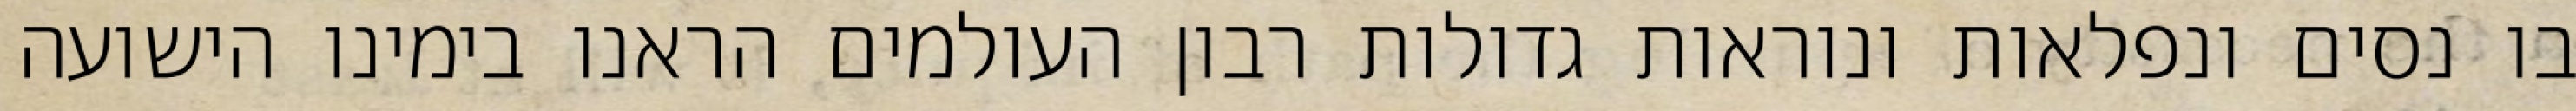
בו נסים ונפלאות ונוראות גדולות רבון העולמים הראנו בימינו הישועה